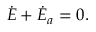
\dot { E } + \dot { E } _ { a } = 0 .